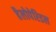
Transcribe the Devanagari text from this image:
हैलोपेरिडल